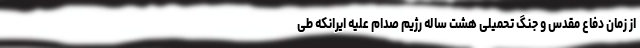
از زمان دفاع مقدس و جنگ تحمیلی هشت ساله رژیم صدام علیه ایرانکه طی